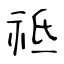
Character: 祗